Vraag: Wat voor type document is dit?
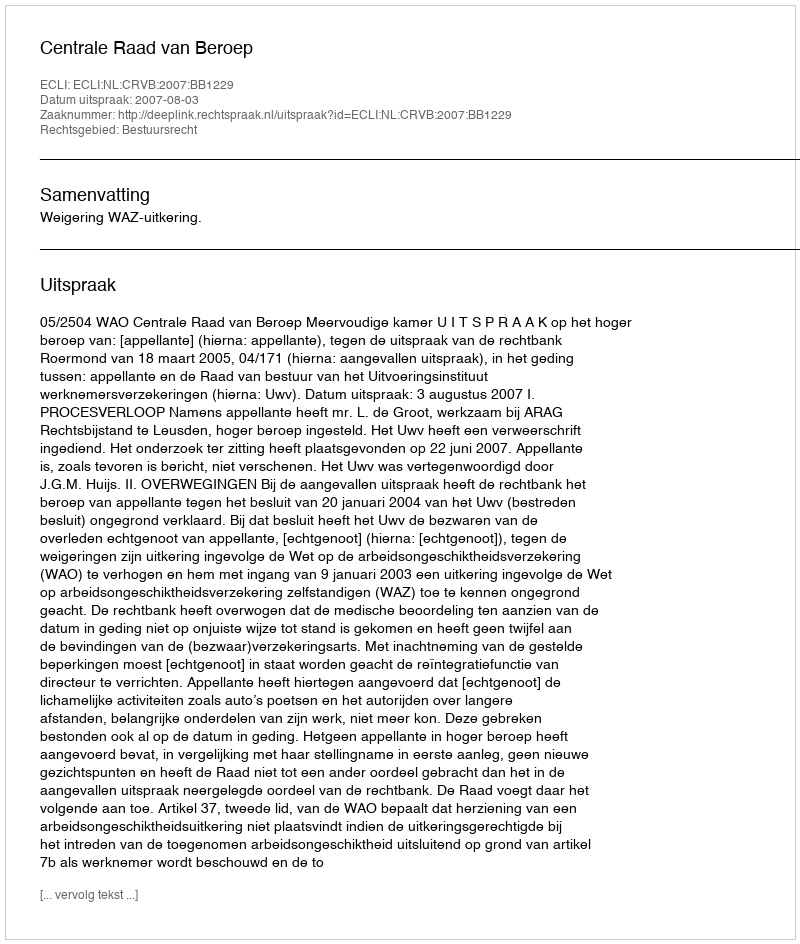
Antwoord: Uitspraak